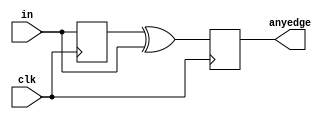
module top_module (
    input clk,
    input [7:0] in,
    output [7:0] anyedge
);
    reg [7:0] temp;
    always @(posedge clk) begin
        temp <= in;
        anyedge = temp ^ in;  // 0变1 和 1变0都计算在内
    end

endmodule